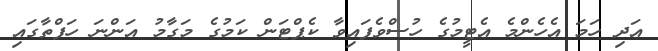
އަދި ހަމަ އެހެންމެ އެޓީމުގެ ހުސްވެފައިވާ ކެޕްޓަން ކަމުގެ މަގާމު އަންނަ ހަފްތާގައި